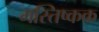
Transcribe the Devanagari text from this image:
मस्तिष्कक